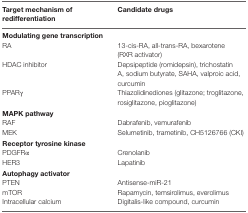
<table><thead><tr><td><b>Target mechanism of redifferentiation</b></td><td><b>Candidate drugs</b></td></tr></thead><tbody><tr><td colspan="2"><b>Modulating gene transcription</b></td></tr><tr><td>RA</td><td>13-cis-RA, all-trans-RA, bexarotene (RXR activator)</td></tr><tr><td>HDAC inhibitor</td><td>Depsipeptide (romidepsin), trichostatin A, sodium butyrate, SAHA, valproic acid, curcumin</td></tr><tr><td>PPARγ</td><td>Thiazolidinediones (glitazone; troglitazone, rosiglitazone, pioglitazone)</td></tr><tr><td colspan="2"><b>MAPK pathway</b></td></tr><tr><td>RAF</td><td>Dabrafenib, vemurafenib</td></tr><tr><td>MEK</td><td>Selumetinib, trametinib, CH5126766 (CKI)</td></tr><tr><td colspan="2"><b>Receptor tyrosine kinase</b></td></tr><tr><td>PDGFRα</td><td>Crenolanib</td></tr><tr><td>HER3</td><td>Lapatinib</td></tr><tr><td colspan="2"><b>Autophagy activator</b></td></tr><tr><td>PTEN</td><td>Antisense-miR-21</td></tr><tr><td>mTOR</td><td>Rapamycin, temsirolimus, everolimus</td></tr><tr><td>Intracellular calcium</td><td>Digitalis-like compound, curcumin</td></tr></tbody></table>